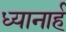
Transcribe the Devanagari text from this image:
ध्यानार्ह